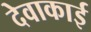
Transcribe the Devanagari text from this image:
देवाकाई